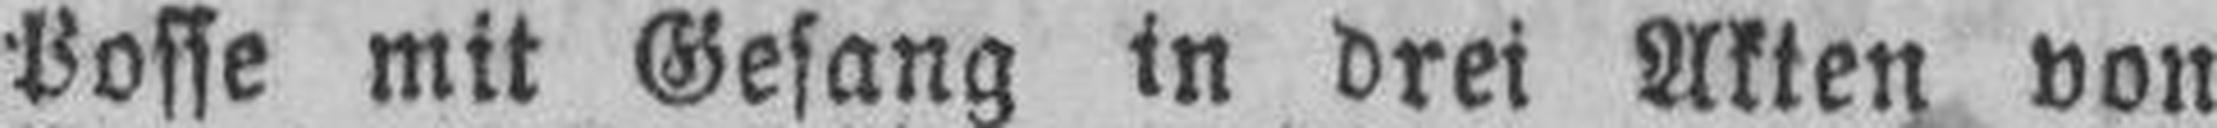
Posse mit Gesang in drei Akten von